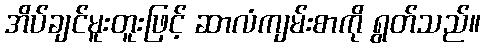
အိပ်ချင်မူးတူးဖြင့် ဆာလံကျမ်းစာကို ရွတ်သည်။